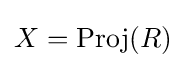
X=\operatorname {Proj} (R)